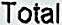
TOTAL